Piroplasma canis and its life cycle in the tick - Number 29
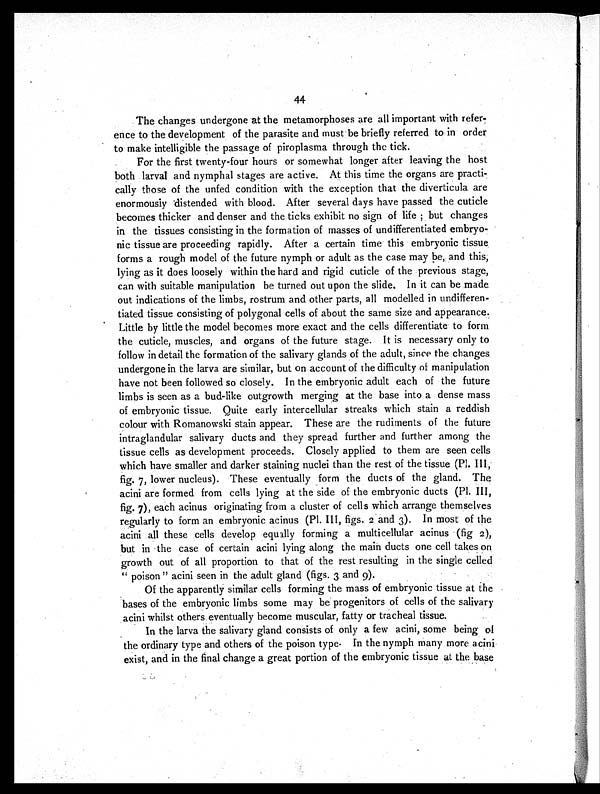
44
The changes undergone at the metamorphoses are all important with refer-
ence to the development of the parasite and must be briefly referred to in order
to make intelligible the passage of piroplasma through the tick.
For the first twenty-four hours or somewhat longer after leaving the host
both larval and nymphal stages are active. At this time the organs are practi-
cally those of the unfed condition with the exception that the diverticula are
enormously distended with blood. After several days have passed the cuticle
becomes thicker and denser and the ticks exhibit no sign of life; but changes
in the tissues consisting in the formation of masses of undifferentiated embryo-
nic tissue are proceeding rapidly. After a certain time this embryonic tissue
forms a rough model of the future nymph or adult as the case may be, and this,
lying as it does loosely within the hard and rigid cuticle of the previous stage,
can with suitable manipulation be turned out upon the slide. In it can be made
out indications of the limbs, rostrum and other parts, all modelled in undifferen-
tiated tissue consisting of polygonal cells of about the same size and appearance.
Little by little the model becomes more exact and the cells differentiate to form
the cuticle, muscles, and organs of the future stage. It is necessary only to
follow in detail the formation of the salivary glands of the adult, since the changes
undergone in the larva are similar, but on account of the difficulty of manipulation
have not been followed so closely. In the embryonic adult each of the future
limbs is seen as a bud-like outgrowth merging at the base into a dense mass
of embryonic tissue. Quite early intercellular streaks which stain a reddish
colour with Romanowski stain appear. These are the rudiments of the future
intraglandular salivary ducts and they spread further and further among the
tissue cells as development proceeds. Closely applied to them are seen cells
which have smaller and darker staining nuclei than the rest of the tissue (Pl. III,
fig. 7, lower nucleus). These eventually form the ducts of the gland. The
acini are formed from cells lying at the side of the embryonic ducts (Pl. III,
fig. 7), each acinus originating from a cluster of cells which arrange themselves
regularly to form an embryonic acinus (Pl. III, figs. 2 and 3). In most of the
acini all these cells develop equally forming a multicellular acinus (fig 2),
but in the case of certain acini lying along the main ducts one cell takes on
growth out of all proportion to that of the rest resulting in the single celled
"poison" acini seen in the adult gland (figs. 3 and 9).
Of the apparently similar cells forming the mass of embryonic tissue at the
bases of the embryonic limbs some may be progenitors of cells of the salivary
acini whilst others eventually become muscular, fatty or tracheal tissue.
In the larva the salivary gland consists of only a few acini, some being of
the ordinary type and others of the poison type. In the nymph many more acini
exist, and in the final change a great portion of the embryonic tissue at the base